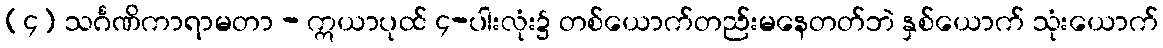
(၄) သင်္ဂဏိကာရာမတာ - ဣယာပုထ် ၄-ပါးလုံး၌ တစ်ယောက်တည်းမနေတတ်ဘဲ နှစ်ယောက် သုံးယောက်